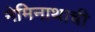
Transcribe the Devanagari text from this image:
नेमिनाथाची